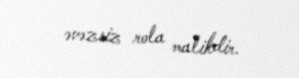
əvəzsiz rola malikdir.